65_HS1-834228961_62-HQ-83894_Section_8
Agency: FBI
Page 182
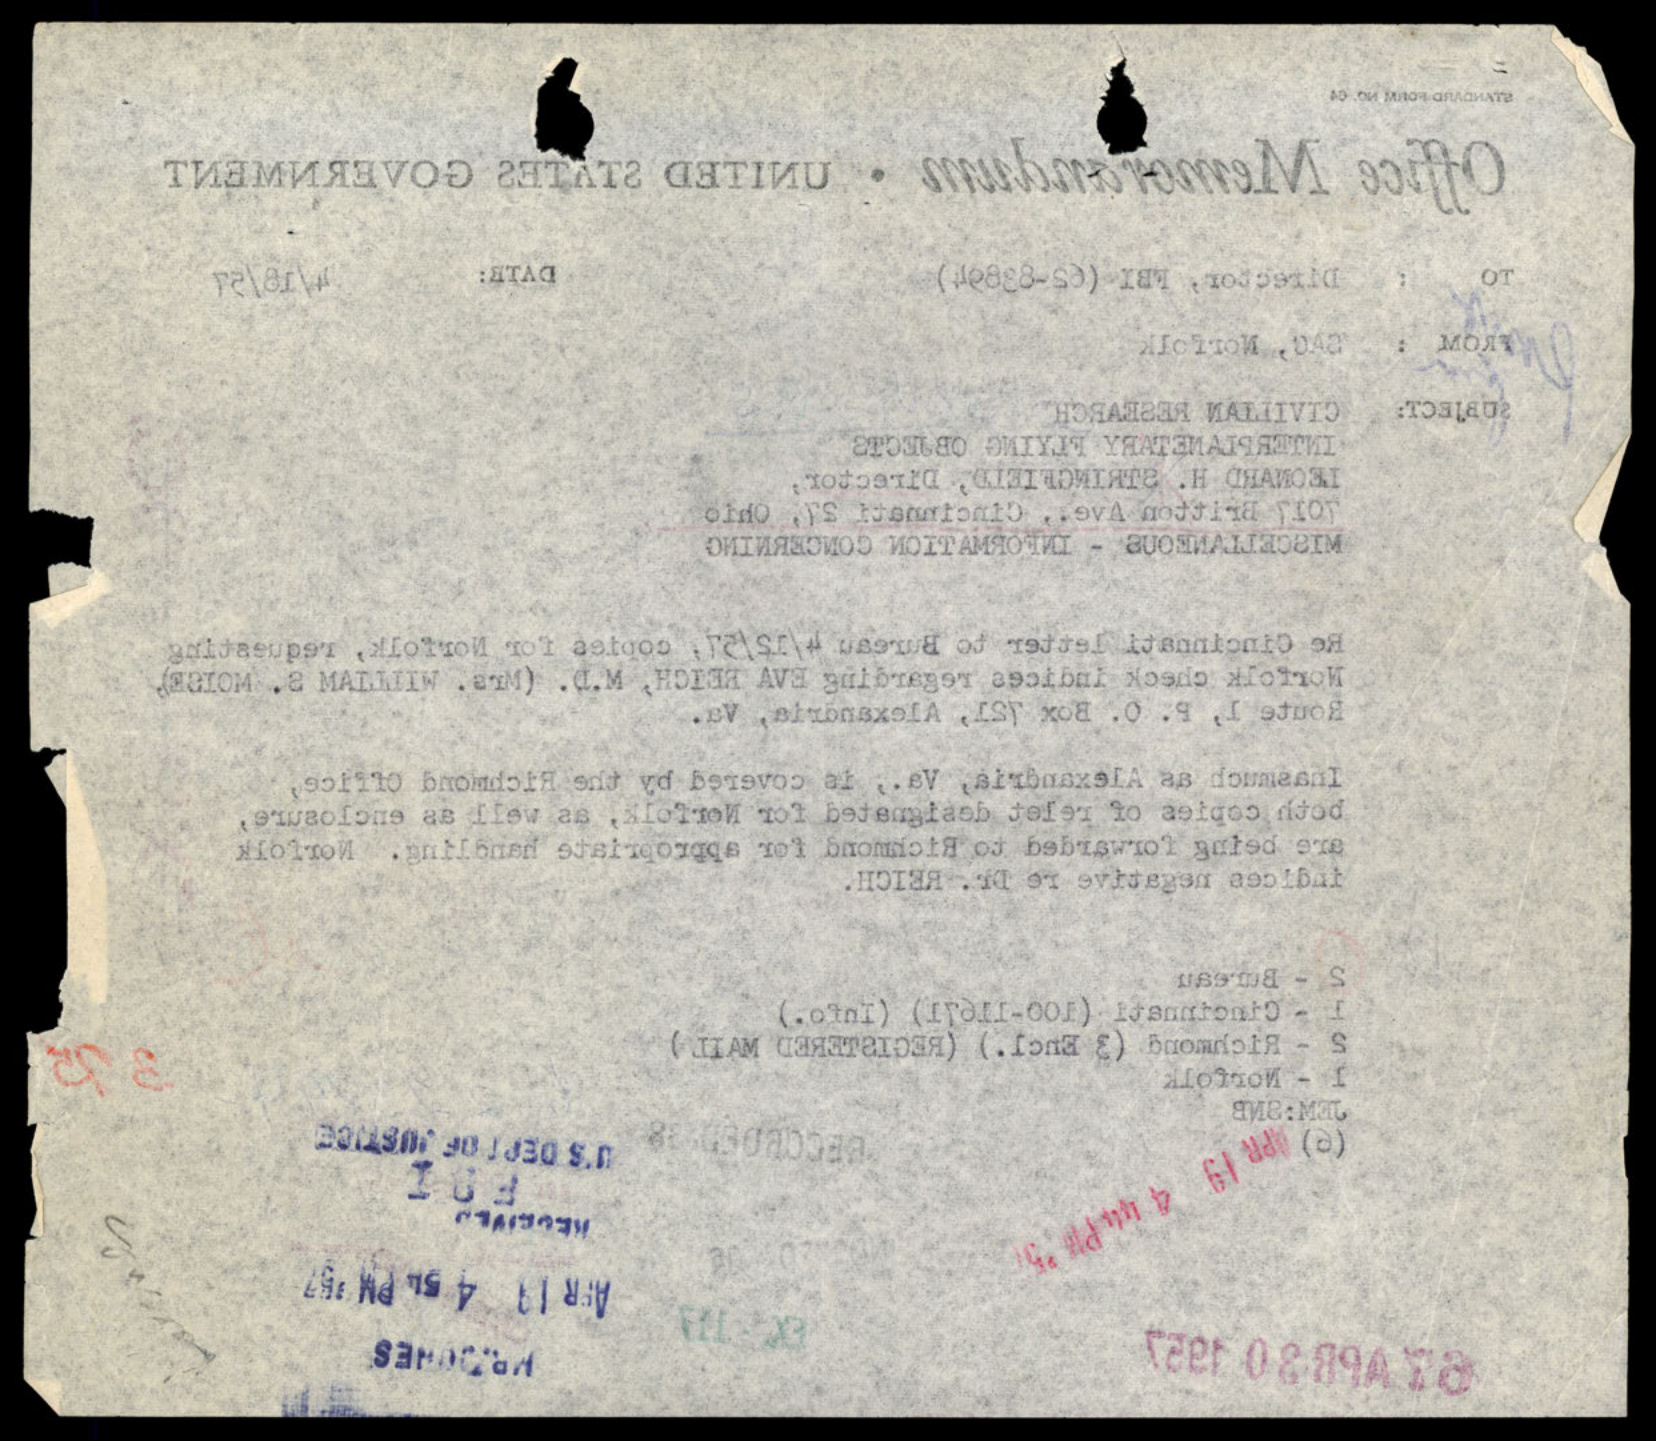